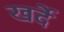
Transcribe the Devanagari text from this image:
खर्दे